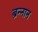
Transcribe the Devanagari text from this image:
ब्रन्नान